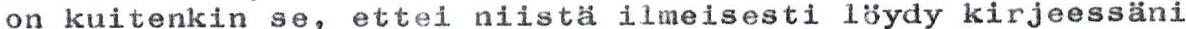
on kuitenkin se, ettei niistä ilmeisesti löydy kirjeessäni